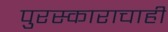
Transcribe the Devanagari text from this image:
पुरस्काराचाही